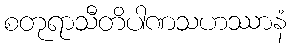
စတုရာသီတိပါဏသဟဿာနံ